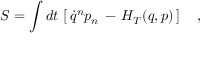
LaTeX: S = \int d t \, \left[ \, \dot { q } ^ { n } p _ { n } \, - \, H _ { T } ( q , p ) \, \right] \ \ \ ,